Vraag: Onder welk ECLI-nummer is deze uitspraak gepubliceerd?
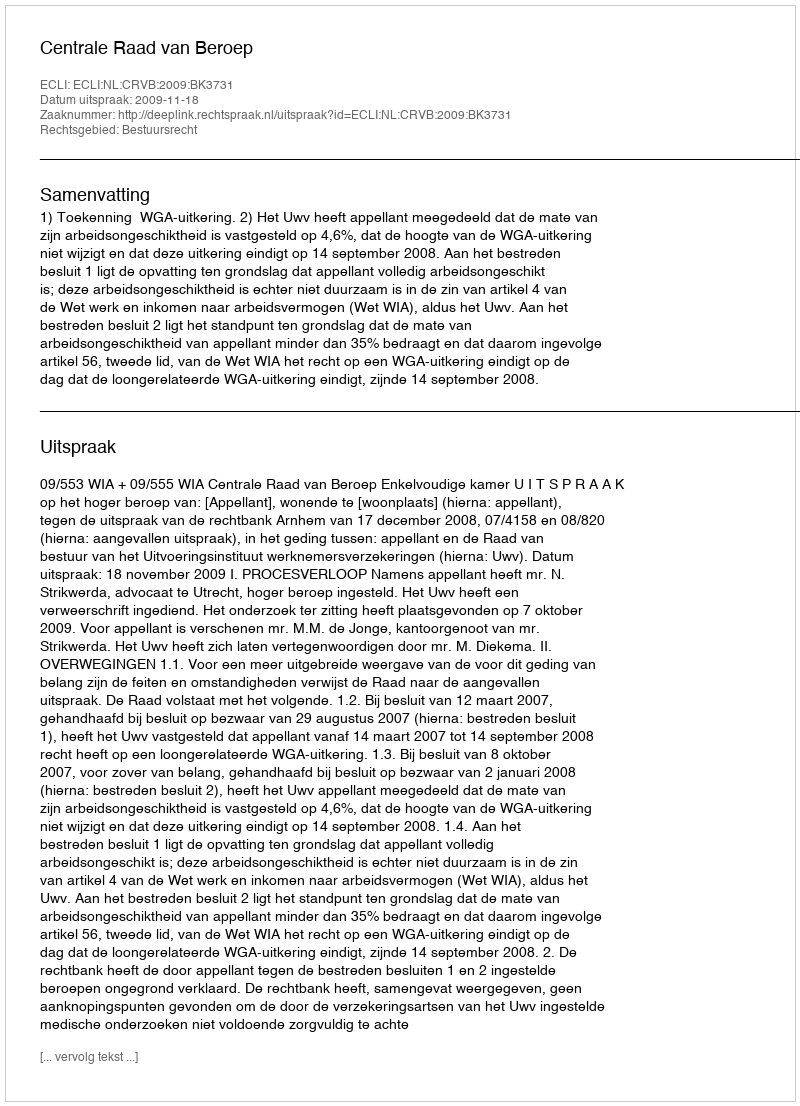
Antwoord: ECLI:NL:CRVB:2009:BK3731